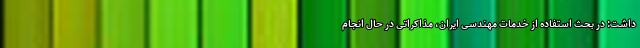
داشت: در بحث استفاده از خدمات مهندسی ایران، مذاکراتی در حال انجام